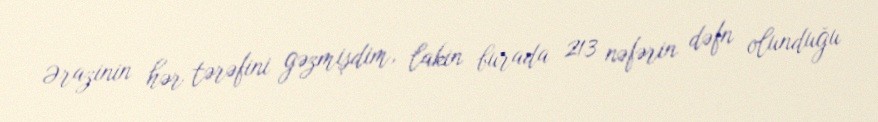
Ərazinin hər tərəfini gəzmişdim, lakin burada 213 nəfərin dəfn olunduğu